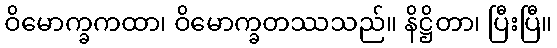
ဝိမောက္ခကထာ၊ ဝိမောက္ခတဿသည်။ နိဋ္ဌိတာ၊ ပြီးပြီ။